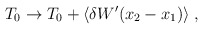
\begin{align*}T_0\rightarrow T_0 + \langle\delta W^\prime(x_2-x_1)\rangle \; ,\end{align*}